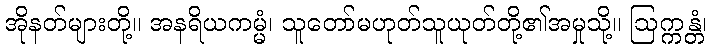
အိုနတ်များတို့။ အနရိယကမ္မံ၊ သူတော်မဟုတ်သူယုတ်တို့၏အမှုသို့။ ဩက္ကန္တံ၊